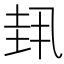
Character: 𫭳